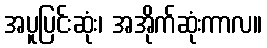
အပူပြင်းဆုံး၊ အအိုက်ဆုံးကာလ။